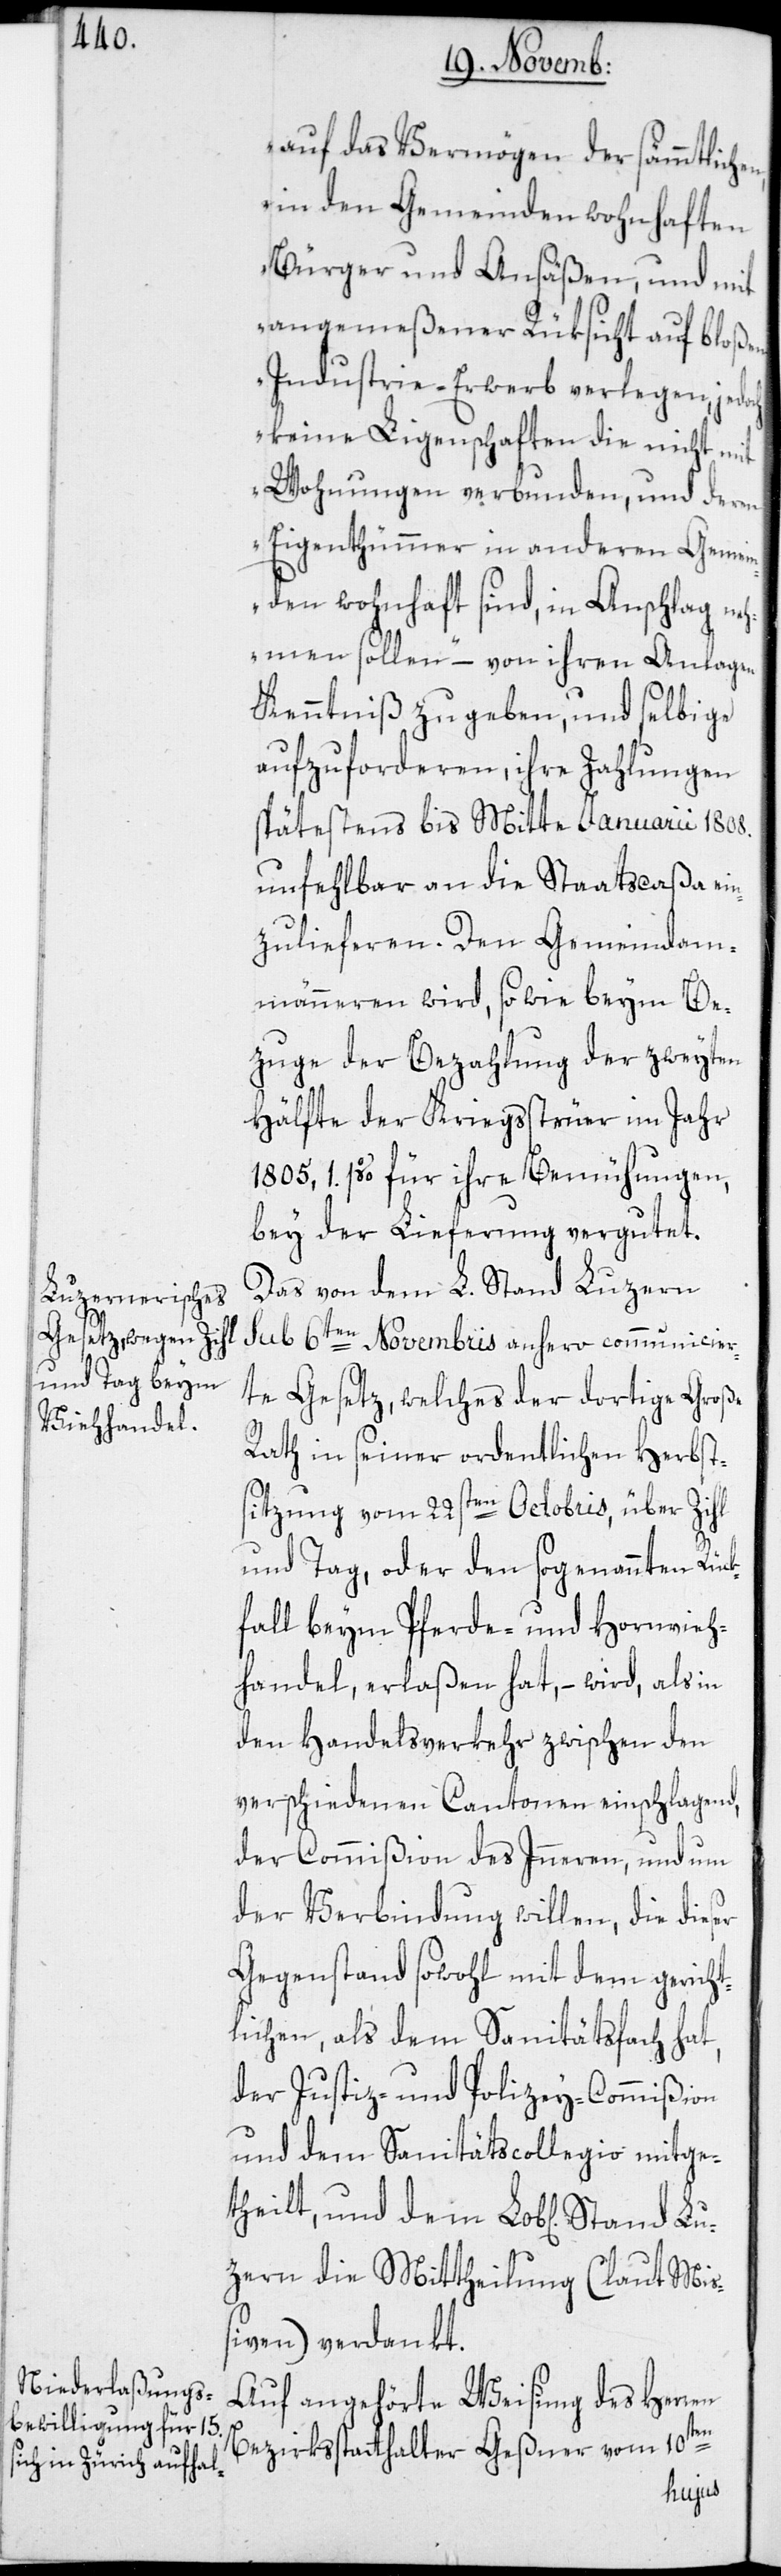
auf das Vermögen der sämmtlich¬
in den Gemeinden wohnhaften
Bürger und Ansäßen, und mit
angemeßener Rüksicht auf bloßen
Industrie-Erwerb verlegen, jedoch
keine Ligenschaften, die nicht mit
Wohnungen verbunden, und deren
Eigenthümmer in anderen Gemein¬
den wohnhaft sind, in Anschlag neh¬
men sollen“ – von ihren Anlagen
Kenntniß zu geben, und selbige
aufzuforderen, ihre Zahlungen
spätestens bis Mitte Januarii 1808
unfehlbar an die Staatscaßa ein¬
zulieferen. Den Gemeindam¬
männeren wird, so wie beym Be¬
zuge der Bezahlung der zweyten
Hälfte der Kriegssteuer im Jahr
1805, 1% für ihre Bemühungen,
bey der Lieferung vergutet.
Das von dem L. Stand Luzern
sub 6ten Novembris anhero communicier¬
te Gesetz, welches der dortige Große
Rath in seiner ordentlichen Herbst¬
sitzung vom 22sten Octobris, über Zihl
und Tag, oder den sogenannten Rück¬
fall beym Pferde- und Hornvieh¬
handel, erlaßen hat, – wird, als in
den Handelsverkehr zwischen den
verschiedenen Cantonen einschlagend,
der Commißion des Inneren, und um
der Verbindung willen, die dieser
Gegenstand sowohl mit dem gericht¬
lichen, als dem Sanitätsfach hat,
der Justiz- und Polizey-Commißion
und dem Sanitätscollegio mitge¬
theilt, und dem Lob[lichen] S¬
zern die Mittheilung (laut Miß¬
iven) verdankt.
Auf angehörte Weisung des Herren
Lu¬
Bezirksstatthalter Geßner vom 10ten